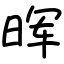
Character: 晖